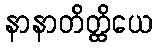
နာနာတိတ္ထိယေ